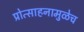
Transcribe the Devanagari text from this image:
प्रोत्साहनामुळेच